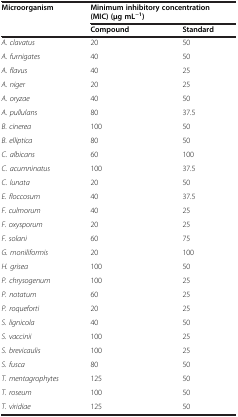
<table><thead><tr><td rowspan="2"><b>Microorganism</b></td><td colspan="2"><b>Minimum inhibitory concentration (MIC) (μg mL<sup>−1</sup>)</b></td></tr><tr><td><b>Compound</b></td><td><b>Standard</b></td></tr></thead><tbody><tr><td><i>A. clavatus</i></td><td>20</td><td>50</td></tr><tr><td><i>A. furnigates</i></td><td>40</td><td>50</td></tr><tr><td><i>A. flavus</i></td><td>40</td><td>25</td></tr><tr><td><i>A. niger</i></td><td>20</td><td>25</td></tr><tr><td><i>A. oryzae</i></td><td>40</td><td>50</td></tr><tr><td><i>A. pullulans</i></td><td>80</td><td>37.5</td></tr><tr><td><i>B. cinerea</i></td><td>100</td><td>50</td></tr><tr><td><i>B. elliptica</i></td><td>80</td><td>50</td></tr><tr><td><i>C. albicans</i></td><td>60</td><td>100</td></tr><tr><td><i>C. acumninatus</i></td><td>100</td><td>37.5</td></tr><tr><td><i>C. lunata</i></td><td>20</td><td>50</td></tr><tr><td><i>E. floccosum</i></td><td>40</td><td>37.5</td></tr><tr><td><i>F. culmorum</i></td><td>40</td><td>25</td></tr><tr><td><i>F. oxysporum</i></td><td>20</td><td>25</td></tr><tr><td><i>F. solani</i></td><td>60</td><td>75</td></tr><tr><td><i>G. moniliformis</i></td><td>20</td><td>100</td></tr><tr><td><i>H. grisea</i></td><td>100</td><td>50</td></tr><tr><td><i>P. chrysogenum</i></td><td>100</td><td>25</td></tr><tr><td><i>P. notatum</i></td><td>60</td><td>25</td></tr><tr><td><i>P. roqueforti</i></td><td>20</td><td>25</td></tr><tr><td><i>S. lignicola</i></td><td>40</td><td>50</td></tr><tr><td><i>S. vaccinii</i></td><td>100</td><td>25</td></tr><tr><td><i>S. brevicaulis</i></td><td>100</td><td>25</td></tr><tr><td><i>S. fusca</i></td><td>80</td><td>50</td></tr><tr><td><i>T. mentagrophytes</i></td><td>125</td><td>50</td></tr><tr><td><i>T. roseum</i></td><td>100</td><td>50</td></tr><tr><td><i>T. viridiae</i></td><td>125</td><td>50</td></tr></tbody></table>